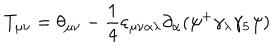
T _ { \mu \nu } = \theta _ { \mu \nu } - \frac 1 4 \varepsilon _ { \mu \nu \alpha \lambda } \partial _ { \alpha } ( \psi ^ { + } \gamma _ { \lambda } \gamma _ { 5 } \psi )